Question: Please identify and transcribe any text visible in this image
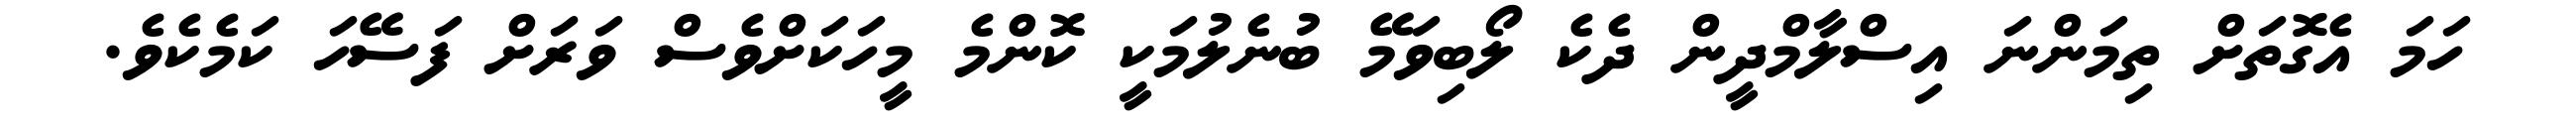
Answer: ހަމަ އެގޮތަށް ތިމަންނަ އިސްލާމްދީން ދެކެ ލޯބިވަމޭ ބުނެލުމަކީ ކޮންމެ މީހަކަށްވެސް ވަރަށް ފަސޭހަ ކަމެކެވެ.